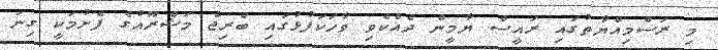
މި ރަސްމިއްޔާތުގައި ރައީސް ޔާމީން ދެއްކެވި ވާހަކަފުޅުގައި ބްރިޖް މަޝްރޫއުގެ ފެށުމަކީ ގިނަ